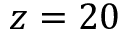
z = 2 0